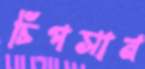
চিপসান